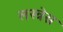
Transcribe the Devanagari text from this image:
लस्त्रेस